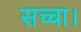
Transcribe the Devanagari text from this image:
सच्चा।